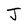
Character: J